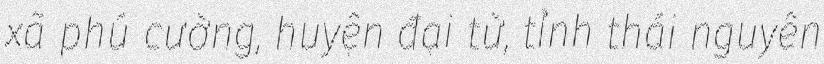
xã phú cường, huyện đại từ, tỉnh thái nguyên